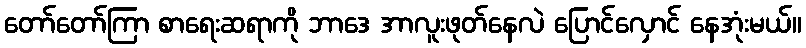
တော်တော်ကြာ စာရေးဆရာကို ဘာဒေ အာလူးဖုတ်နေလဲ ပြောင်လှောင် နေအုံးမယ်။